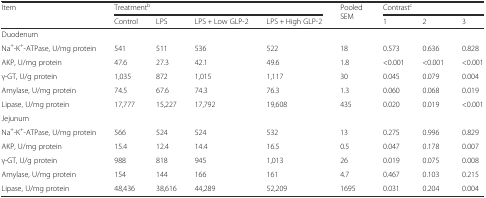
<table><thead><tr><td><b>Item</b></td><td colspan="4"><b>Treatment<sup>b</sup></b></td><td rowspan="2"><b>Pooled SEM</b></td><td colspan="3"><b>Contrast<sup>c</sup></b></td></tr><tr><td></td><td><b>Control</b></td><td><b>LPS</b></td><td><b>LPS + Low GLP-2</b></td><td><b>LPS + High GLP-2</b></td><td><b>1</b></td><td><b>2</b></td><td><b>3</b></td></tr></thead><tbody><tr><td colspan="9">Duodenum</td></tr><tr><td>Na<sup>+</sup>-K<sup>+</sup>-ATPase, U/mg protein</td><td>541</td><td>511</td><td>536</td><td>522</td><td>18</td><td>0.573</td><td>0.636</td><td>0.828</td></tr><tr><td>AKP, U/mg protein</td><td>47.6</td><td>27.3</td><td>42.1</td><td>49.6</td><td>1.8</td><td>&lt;0.001</td><td>&lt;0.001</td><td>&lt;0.001</td></tr><tr><td>γ-GT, U/g protein</td><td>1,035</td><td>872</td><td>1,015</td><td>1,117</td><td>30</td><td>0.045</td><td>0.079</td><td>0.004</td></tr><tr><td>Amylase, U/mg protein</td><td>74.5</td><td>67.6</td><td>74.3</td><td>76.3</td><td>1.3</td><td>0.060</td><td>0.068</td><td>0.019</td></tr><tr><td>Lipase, U/mg protein</td><td>17,777</td><td>15,227</td><td>17,792</td><td>19,608</td><td>435</td><td>0.020</td><td>0.019</td><td>&lt;0.001</td></tr><tr><td colspan="9">Jejunum</td></tr><tr><td>Na<sup>+</sup>-K<sup>+</sup>-ATPase, U/mg protein</td><td>566</td><td>524</td><td>524</td><td>532</td><td>13</td><td>0.275</td><td>0.996</td><td>0.829</td></tr><tr><td>AKP, U/mg protein</td><td>15.4</td><td>12.4</td><td>14.4</td><td>16.5</td><td>0.5</td><td>0.047</td><td>0.178</td><td>0.007</td></tr><tr><td>γ-GT, U/g protein</td><td>988</td><td>818</td><td>945</td><td>1,013</td><td>26</td><td>0.019</td><td>0.075</td><td>0.008</td></tr><tr><td>Amylase, U/mg protein</td><td>154</td><td>144</td><td>166</td><td>161</td><td>4.7</td><td>0.467</td><td>0.103</td><td>0.215</td></tr><tr><td>Lipase, U/mg protein</td><td>48,436</td><td>38,616</td><td>44,289</td><td>52,209</td><td>1695</td><td>0.031</td><td>0.204</td><td>0.004</td></tr></tbody></table>